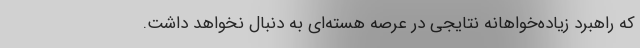
که راهبرد زیاده‌خواهانه نتایجی در عرصه هسته‌ای به دنبال نخواهد داشت.